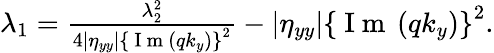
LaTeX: \begin{array}{r}{\lambda_{1}=\frac{\lambda_{2}^{2}}{4\left|\eta_{yy}\right|\left\{ \mathrm{~I~m~}\left(qk_{y}\right)\right\} ^{2}}-\left|\eta_{yy}\right|\left\{ \mathrm{~I~m~}\left(qk_{y}\right)\right\} ^{2}.}\end{array}